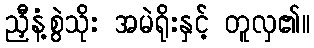
ညှီနံ့စွဲသိုး အမဲရိုးနှင့် တူလှ၏။